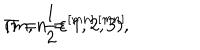
\Pi = \frac 1 2 \varepsilon ^ { [ m n ] , [ m n ] } \hspace { 0 . 5 i n } ( m , n = 1 , 2 , 3 ) ,